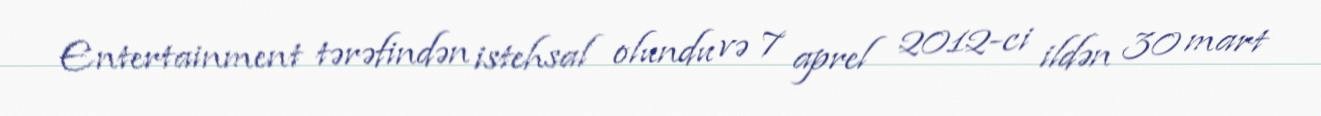
Entertainment tərəfindən istehsal olundu və 7 aprel 2012-ci ildən 30 mart